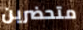
متحضرين